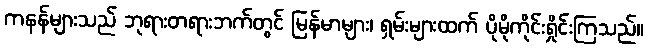
ကနန်များသည် ဘုရားတရားဘက်တွင် မြန်မာများ၊ ရှမ်းများထက် ပိုမိုကိုင်းရှိုင်းကြသည်။